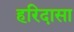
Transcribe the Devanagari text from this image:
हरिदासा